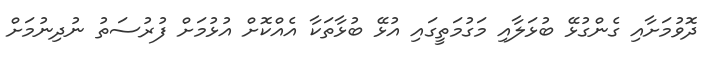
ދޮވުމަށާއި ގެންގުޅޭ ބުޅަލާއި މަގުމަތީގައި އުޅޭ ބުޅާތަކާ އެއްކޮށް އުޅުމަށް ފުރުސަތު ނުދިނުމަށް